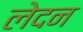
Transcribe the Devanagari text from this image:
लेदन